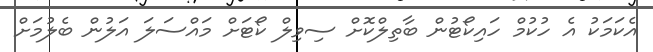
އެކަމަކު އެ ހުކުމް ހައިކޯޓުން ބާތިލްކޮށް ސިވިލް ކޯޓަށް މައްސަލަ އަލުން ބެލުމަށް